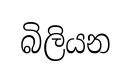
බිලියන